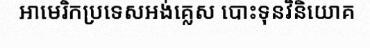
អាមេរិកប្រទេសអង់គ្លេស បោះទុនវិនិយោគ